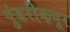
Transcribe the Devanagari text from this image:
पुंडरीकपूर